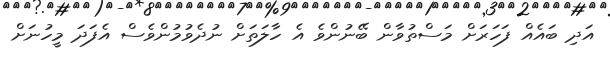
އަދި ބައެއް ފަހަރަށް މަސްތުވާން ބޭނުންވެ އެ ހާލަތަށް ނުދެވުމުންވެސް އެފަދަ މީހުނަށް